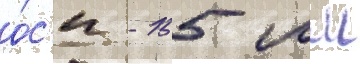
о́с'и - 155 мм